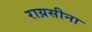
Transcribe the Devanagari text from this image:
राय़सीना